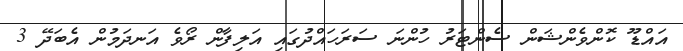
އައްޑޫ ކޮންވެންޝަން ސެންޓަރު ހުންނަ ސަރަހައްދުގައި އަލިފާން ރޯވެ އަނދަމުން އެބަދޭ 3